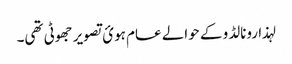
لہذا رونالڈو کے حوالے عام ہوئ تصویر جھوٹی تھی۔